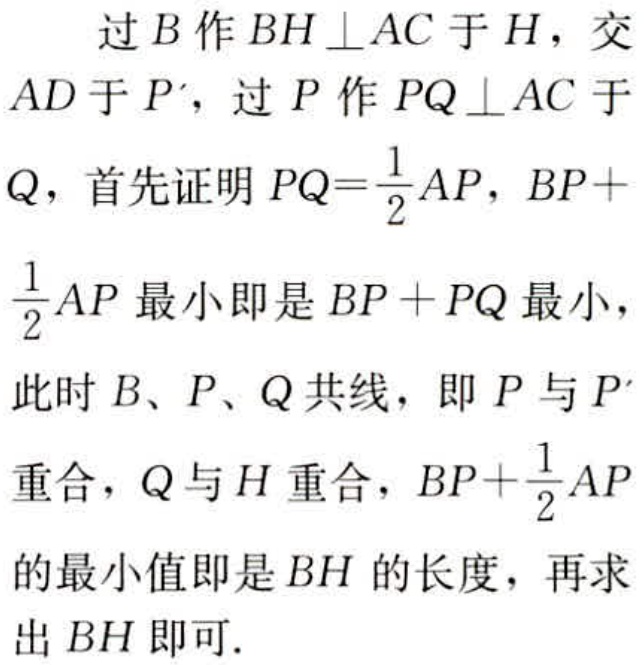
过\(B\)作\(BH \perp AC\)于\(H\)，交\(AD\)于\(P'\)，过\(P\)作\(PQ \perp AC\)于\(Q\)，首先证明\(PQ = \frac{1}{2}AP\)，\(BP + \frac{1}{2}AP\)最小即是\(BP + PQ\)最小，此时\(B\)、\(P\)、\(Q\)共线，即\(P\)与\(P'\)重合，\(Q\)与\(H\)重合，\(BP + \frac{1}{2}AP\)的最小值即是\(BH\)的长度，再求出\(BH\)即可.